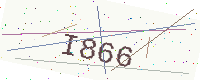
Text: I866